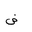
Letter: _dad